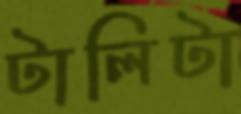
টালিটা